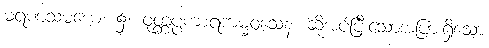
မရဏသမယေ၊ ၌။ ဝုတ္တပ္ပကာရကမ္မဝသေန၊ ဆိုအပ်ပြီးသောအပြားရှိသော